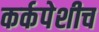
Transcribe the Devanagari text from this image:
कर्कपेशीच